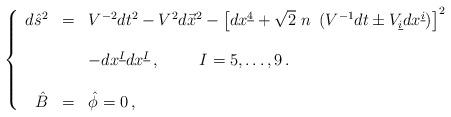
LaTeX: \begin{align*}\left\{\begin{array}{rcl}d\hat{s}^{2} & = & V^{-2}dt^{2} -V^{2}d\vec{x}^{2}-\left[ dx^{\underline{4}}+\sqrt{2}\ n\ \left( V^{-1}dt \pm V_{\underline{i}}dx^{\underline{i}}\right) \right]^{2}\\& & \\& &-dx^{\underline{I}} dx^{\underline{I}}\, ,\hspace{1cm} I=5,\ldots,9\, .\\& & \\\hat{B} & = & \hat{\phi} = 0\, ,\\\end{array}\right.\end{align*}